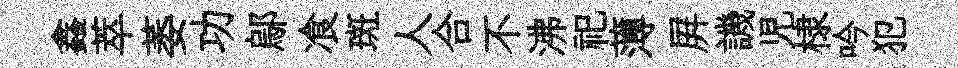
鑫萃萎功鄔飡斑人合不沸祀薄屛譏児棣吟犯